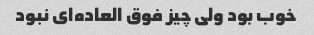
خوب بود ولی چیز فوق العاده‌ای نبود